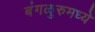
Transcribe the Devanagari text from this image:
बंगळुरुमध्ये